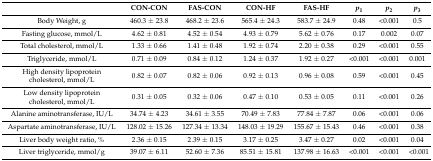
|  | CON-CON | FAS-CON | CON-HF | FAS-HF | p1 | p2 | p3 |
 | --- | --- | --- | --- | --- | --- | --- | --- |
 | Body Weight, g | 460.3 ± 23.8 | 468.2 ± 23.6 | 565.4 ± 24.3 | 583.7 ± 24.9 | 0.48 | <0.001 | 0.5 |
 | Fasting glucose, mmol/L | 4.62 ± 0.81 | 4.52 ± 0.54 | 4.93 ± 0.79 | 5.62 ± 0.76 | 0.17 | 0.002 | 0.07 |
 | Total cholesterol, mmol/L | 1.33 ± 0.66 | 1.41 ± 0.48 | 1.92 ± 0.74 | 2.20 ± 0.38 | 0.29 | <0.001 | 0.55 |
 | Triglyceride, mmol/L | 0.71 ± 0.09 | 0.84 ± 0.12 | 1.24 ± 0.37 | 1.92 ± 0.27 | <0.001 | <0.001 | 0.001 |
 | High density lipoprotein cholesterol, mmol/L | 0.82 ± 0.07 | 0.82 ± 0.06 | 0.92 ± 0.13 | 0.96 ± 0.08 | 0.59 | <0.001 | 0.45 |
 | Low density lipoprotein cholesterol, mmol/L | 0.31 ± 0.05 | 0.32 ± 0.06 | 0.47 ± 0.10 | 0.53 ± 0.05 | 0.11 | <0.001 | 0.26 |
 | Alanine aminotransferase, IU/L | 34.74 ± 4.23 | 34.61 ± 3.55 | 70.49 ± 7.83 | 77.84 ± 7.87 | 0.06 | <0.001 | 0.06 |
 | Aspartate aminotransferase, IU/L | 128.02 ± 15.26 | 127.34 ± 13.34 | 148.03 ± 19.29 | 155.67 ± 15.43 | 0.46 | <0.001 | 0.38 |
 | Liver body weight ratio, % | 2.36 ± 0.15 | 2.39 ± 0.15 | 3.17 ± 0.25 | 3.47 ± 0.27 | 0.02 | <0.001 | 0.04 |
 | Liver triglyceride, mmol/g | 39.07 ± 6.11 | 52.60 ± 7.36 | 85.51 ± 15.81 | 137.98 ± 16.63 | <0.001 | <0.001 | <0.001 |